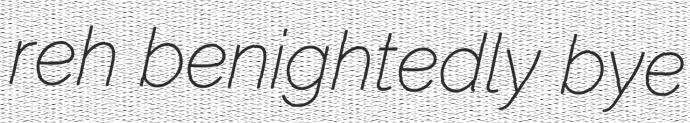
reh benightedly bye